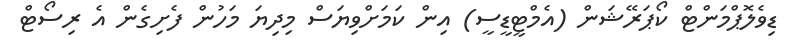
ޑިވެލޮޕްމަންޓް ކޯޕަރޭޝަން (އެމްޓީޑީސީ) އިން ކަމަށްވިޔަސް މިދިޔަ މަހުން ފެށިގެން އެ ރިސޯޓް